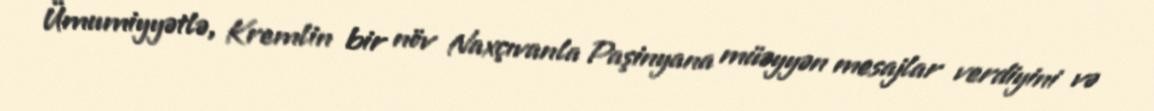
Ümumiyyətlə, Kremlin bir növ Naxçıvanla Paşinyana müəyyən mesajlar verdiyini və